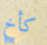
كأخ